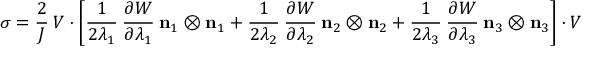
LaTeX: { \boldsymbol { \sigma } } = { \cfrac { 2 } { J } } ~ { \boldsymbol { V } } \cdot \left[ { \cfrac { 1 } { 2 \lambda _ { 1 } } } ~ { \cfrac { \partial W } { \partial \lambda _ { 1 } } } ~ \mathbf { n } _ { 1 } \otimes \mathbf { n } _ { 1 } + { \cfrac { 1 } { 2 \lambda _ { 2 } } } ~ { \cfrac { \partial W } { \partial \lambda _ { 2 } } } ~ \mathbf { n } _ { 2 } \otimes \mathbf { n } _ { 2 } + { \cfrac { 1 } { 2 \lambda _ { 3 } } } ~ { \cfrac { \partial W } { \partial \lambda _ { 3 } } } ~ \mathbf { n } _ { 3 } \otimes \mathbf { n } _ { 3 } \right] \cdot { \boldsymbol { V } }